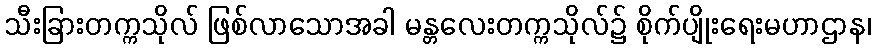
သီးခြားတက္ကသိုလ် ဖြစ်လာသောအခါ မန္တလေးတက္ကသိုလ်၌ စိုက်ပျိုးရေးမဟာဌာန၊